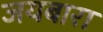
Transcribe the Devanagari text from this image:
जयबारा